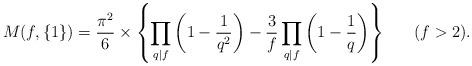
LaTeX: \begin{align*}M(f,\{1\})={\pi^2\over 6}\times\left\{\prod_{q\mid f}\left (1-{1\over q^2}\right )-{3\over f}\prod_{q\mid f}\left (1-{1\over q}\right )\right\}\ \ \ \ \ \hbox{($f>2$).}\end{align*}